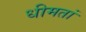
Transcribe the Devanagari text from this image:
धीमतां